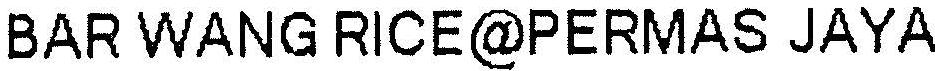
BAR WANG RICE@PERMAS JAYA